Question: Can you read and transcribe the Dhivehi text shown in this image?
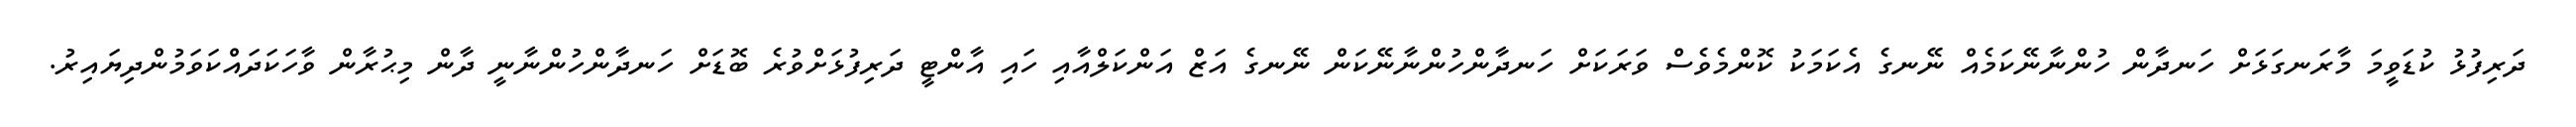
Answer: ދަރިފުޅު ކުޑަވީމަ މާރަނގަޅަށް ހަނދާން ހުންނާނޭކަމެއް ނޭނގެ އެކަމަކު ކޮންމެވެސް ވަރަކަށް ހަނދާންހުންނާނޭކަން ނޭނގެ އަޒް އަންކަލްއާއި ހައި އާންޓީ ދަރިފުޅަށްވުރެ ބޮޑަށް ހަނދާންހުންނާނީ ދާން މިޙުރާން ވާހަކަދައްކަވަމުންދިޔައިރު.